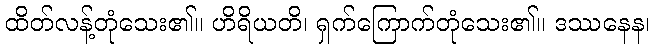
ထိတ်လန့်တုံသေး၏။ ဟိရိယတိ၊ ရှက်ကြောက်တုံသေး၏။ ဒဿနေန၊